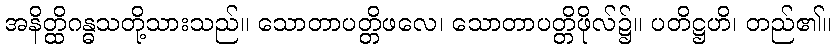
အနိတ္ထိဂန္ဓသတို့သားသည်။ သောတာပတ္တိဖလေ၊ သောတာပတ္တိဖိုလ်၌။ ပတိဋ္ဌဟိ၊ တည်၏။